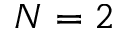
N = 2